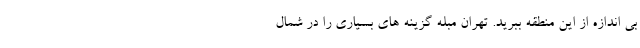
بی اندازه از این منطقه ببرید. تهران مبله گزینه های بسیاری را در شمال